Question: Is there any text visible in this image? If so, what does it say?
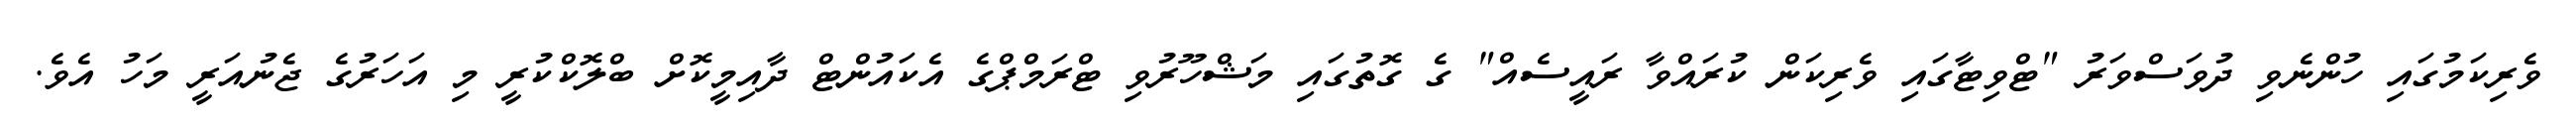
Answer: ވެރިކަމުގައި ހުންނެވި ދުވަސްވަރު "ޓްވިޓާގައި ވެރިކަން ކުރައްވާ ރައީސެއް" ގެ ގޮތުގައި މަޝްހޫރުވި ޓްރަމްޕްގެ އެކައުންޓް ދާއިމީކޮށް ބްލޮކްކުރީ މި އަހަރުގެ ޖެނުއަރީ މަހު އެވެ.